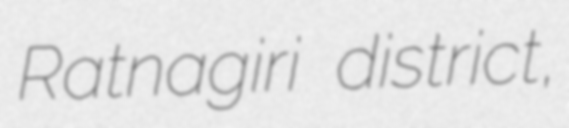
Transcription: Ratnagiri district,